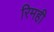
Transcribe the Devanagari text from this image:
रिमही